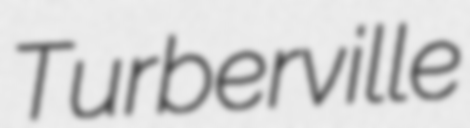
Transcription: Turberville